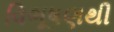
વિભૂષણથી